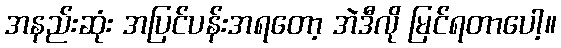
အနည်းဆုံး အပြင်ပန်းအရတော့ အဲဒီလို မြင်ရတာပေါ့။